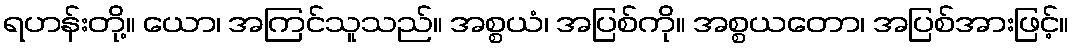
ရဟန်းတို့။ ယော၊ အကြင်သူသည်။ အစ္စယံ၊ အပြစ်ကို။ အစ္စယတော၊ အပြစ်အားဖြင့်။